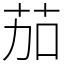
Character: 茄